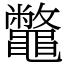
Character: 鼈